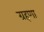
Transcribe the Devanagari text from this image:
ग्रहणा